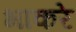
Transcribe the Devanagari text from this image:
भाकरे